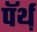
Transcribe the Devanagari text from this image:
पॅर्थ़